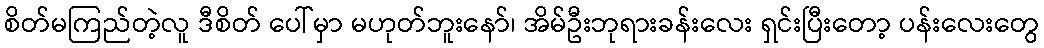
စိတ်မကြည်တဲ့လူ ဒီစိတ် ပေါ်မှာ မဟုတ်ဘူးနော်၊ အိမ်ဦးဘုရားခန်းလေး ရှင်းပြီးတော့ ပန်းလေးတွေ